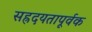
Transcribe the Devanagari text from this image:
सह्रदयतापूर्वक